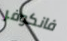
فانكوفر